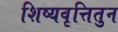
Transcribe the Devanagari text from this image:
शिष्यवृत्तितुन